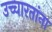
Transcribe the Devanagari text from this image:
उच्चारतांना